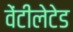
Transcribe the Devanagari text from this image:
वेंटीलेटेड